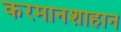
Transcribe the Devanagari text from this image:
करमानशाहान